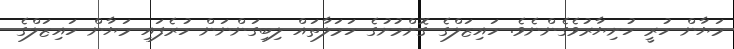
މަޔާން ހުރީ ހުށިޔާރުވެގެންނެވެ. ހައިޒަލްގެ ގޮށްމުށުގެ ހަމަލާތައް ލިބިގަންނަން ހުރެފައި މަޔާން ހައިޒަލްގެ